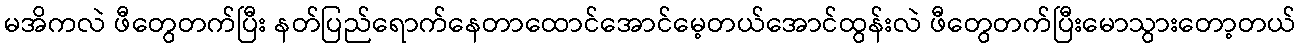
မအိကလဲ ဖီတွေတက်ပြီး နတ်ပြည်ရောက်နေတာထောင်အောင်မေ့တယ်အောင်ထွန်းလဲ ဖီတွေတက်ပြီးမောသွားတော့တယ်